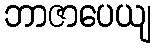
ဘာဇာပေယျ